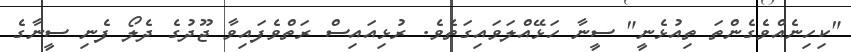
"ކިހިނެއްވެގެންތަ ތިއުޅެނީ" ސީނާ ހަޅޭއްލަވައިގަތެވެ. ރުޅިއައިސް ރަތްވެފައިވާ ޖޫދުގެ ދެލޯ ފެނި ސީނާގެ